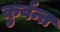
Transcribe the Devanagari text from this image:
कुर्वन्त